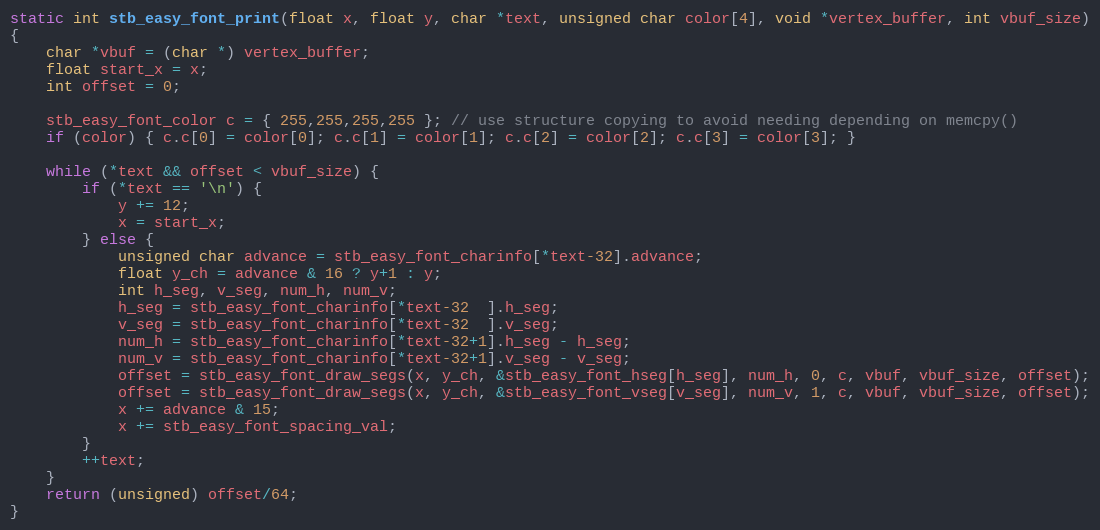
Language: C
static int stb_easy_font_print(float x, float y, char *text, unsigned char color[4], void *vertex_buffer, int vbuf_size)
{
    char *vbuf = (char *) vertex_buffer;
    float start_x = x;
    int offset = 0;

    stb_easy_font_color c = { 255,255,255,255 }; // use structure copying to avoid needing depending on memcpy()
    if (color) { c.c[0] = color[0]; c.c[1] = color[1]; c.c[2] = color[2]; c.c[3] = color[3]; }

    while (*text && offset < vbuf_size) {
        if (*text == '\n') {
            y += 12;
            x = start_x;
        } else {
            unsigned char advance = stb_easy_font_charinfo[*text-32].advance;
            float y_ch = advance & 16 ? y+1 : y;
            int h_seg, v_seg, num_h, num_v;
            h_seg = stb_easy_font_charinfo[*text-32  ].h_seg;
            v_seg = stb_easy_font_charinfo[*text-32  ].v_seg;
            num_h = stb_easy_font_charinfo[*text-32+1].h_seg - h_seg;
            num_v = stb_easy_font_charinfo[*text-32+1].v_seg - v_seg;
            offset = stb_easy_font_draw_segs(x, y_ch, &stb_easy_font_hseg[h_seg], num_h, 0, c, vbuf, vbuf_size, offset);
            offset = stb_easy_font_draw_segs(x, y_ch, &stb_easy_font_vseg[v_seg], num_v, 1, c, vbuf, vbuf_size, offset);
            x += advance & 15;
            x += stb_easy_font_spacing_val;
        }
        ++text;
    }
    return (unsigned) offset/64;
}